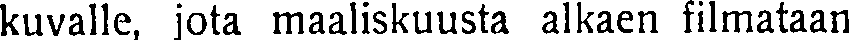
kuvalle, jota maaliskuusta alkaen filmataan